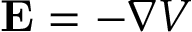
\mathbf { E } = - \nabla V